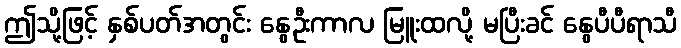
ဤသို့ဖြင့် နှစ်ပတ်အတွင်း နွေဦးကာလ မြူးထလို့ မပြီးခင် နွေပီပီရာသီ